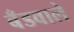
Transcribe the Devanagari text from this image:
बँडवाले